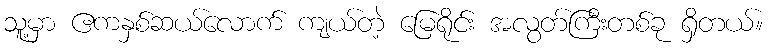
သူ့မှာ ဧကနှစ်ဆယ်လောက် ကျယ်တဲ့ မြေရိုင်း အလွတ်ကြီးတစ်ခု ရှိတယ်။